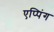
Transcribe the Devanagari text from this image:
एप्पिंग